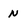
Character: n